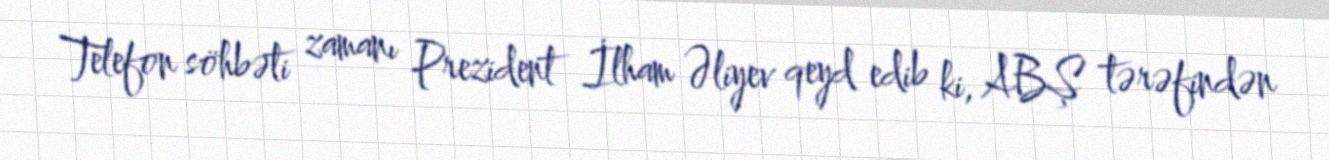
Telefon söhbəti zamanı Prezident İlham Əliyev qeyd edib ki, ABŞ tərəfindən